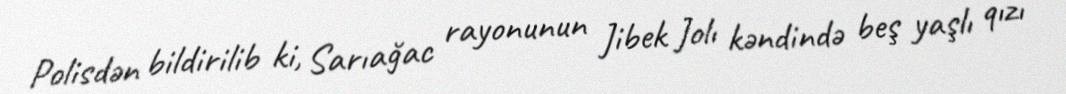
Polisdən bildirilib ki, Sarıağac rayonunun Jibek Jolı kəndində beş yaşlı qızı